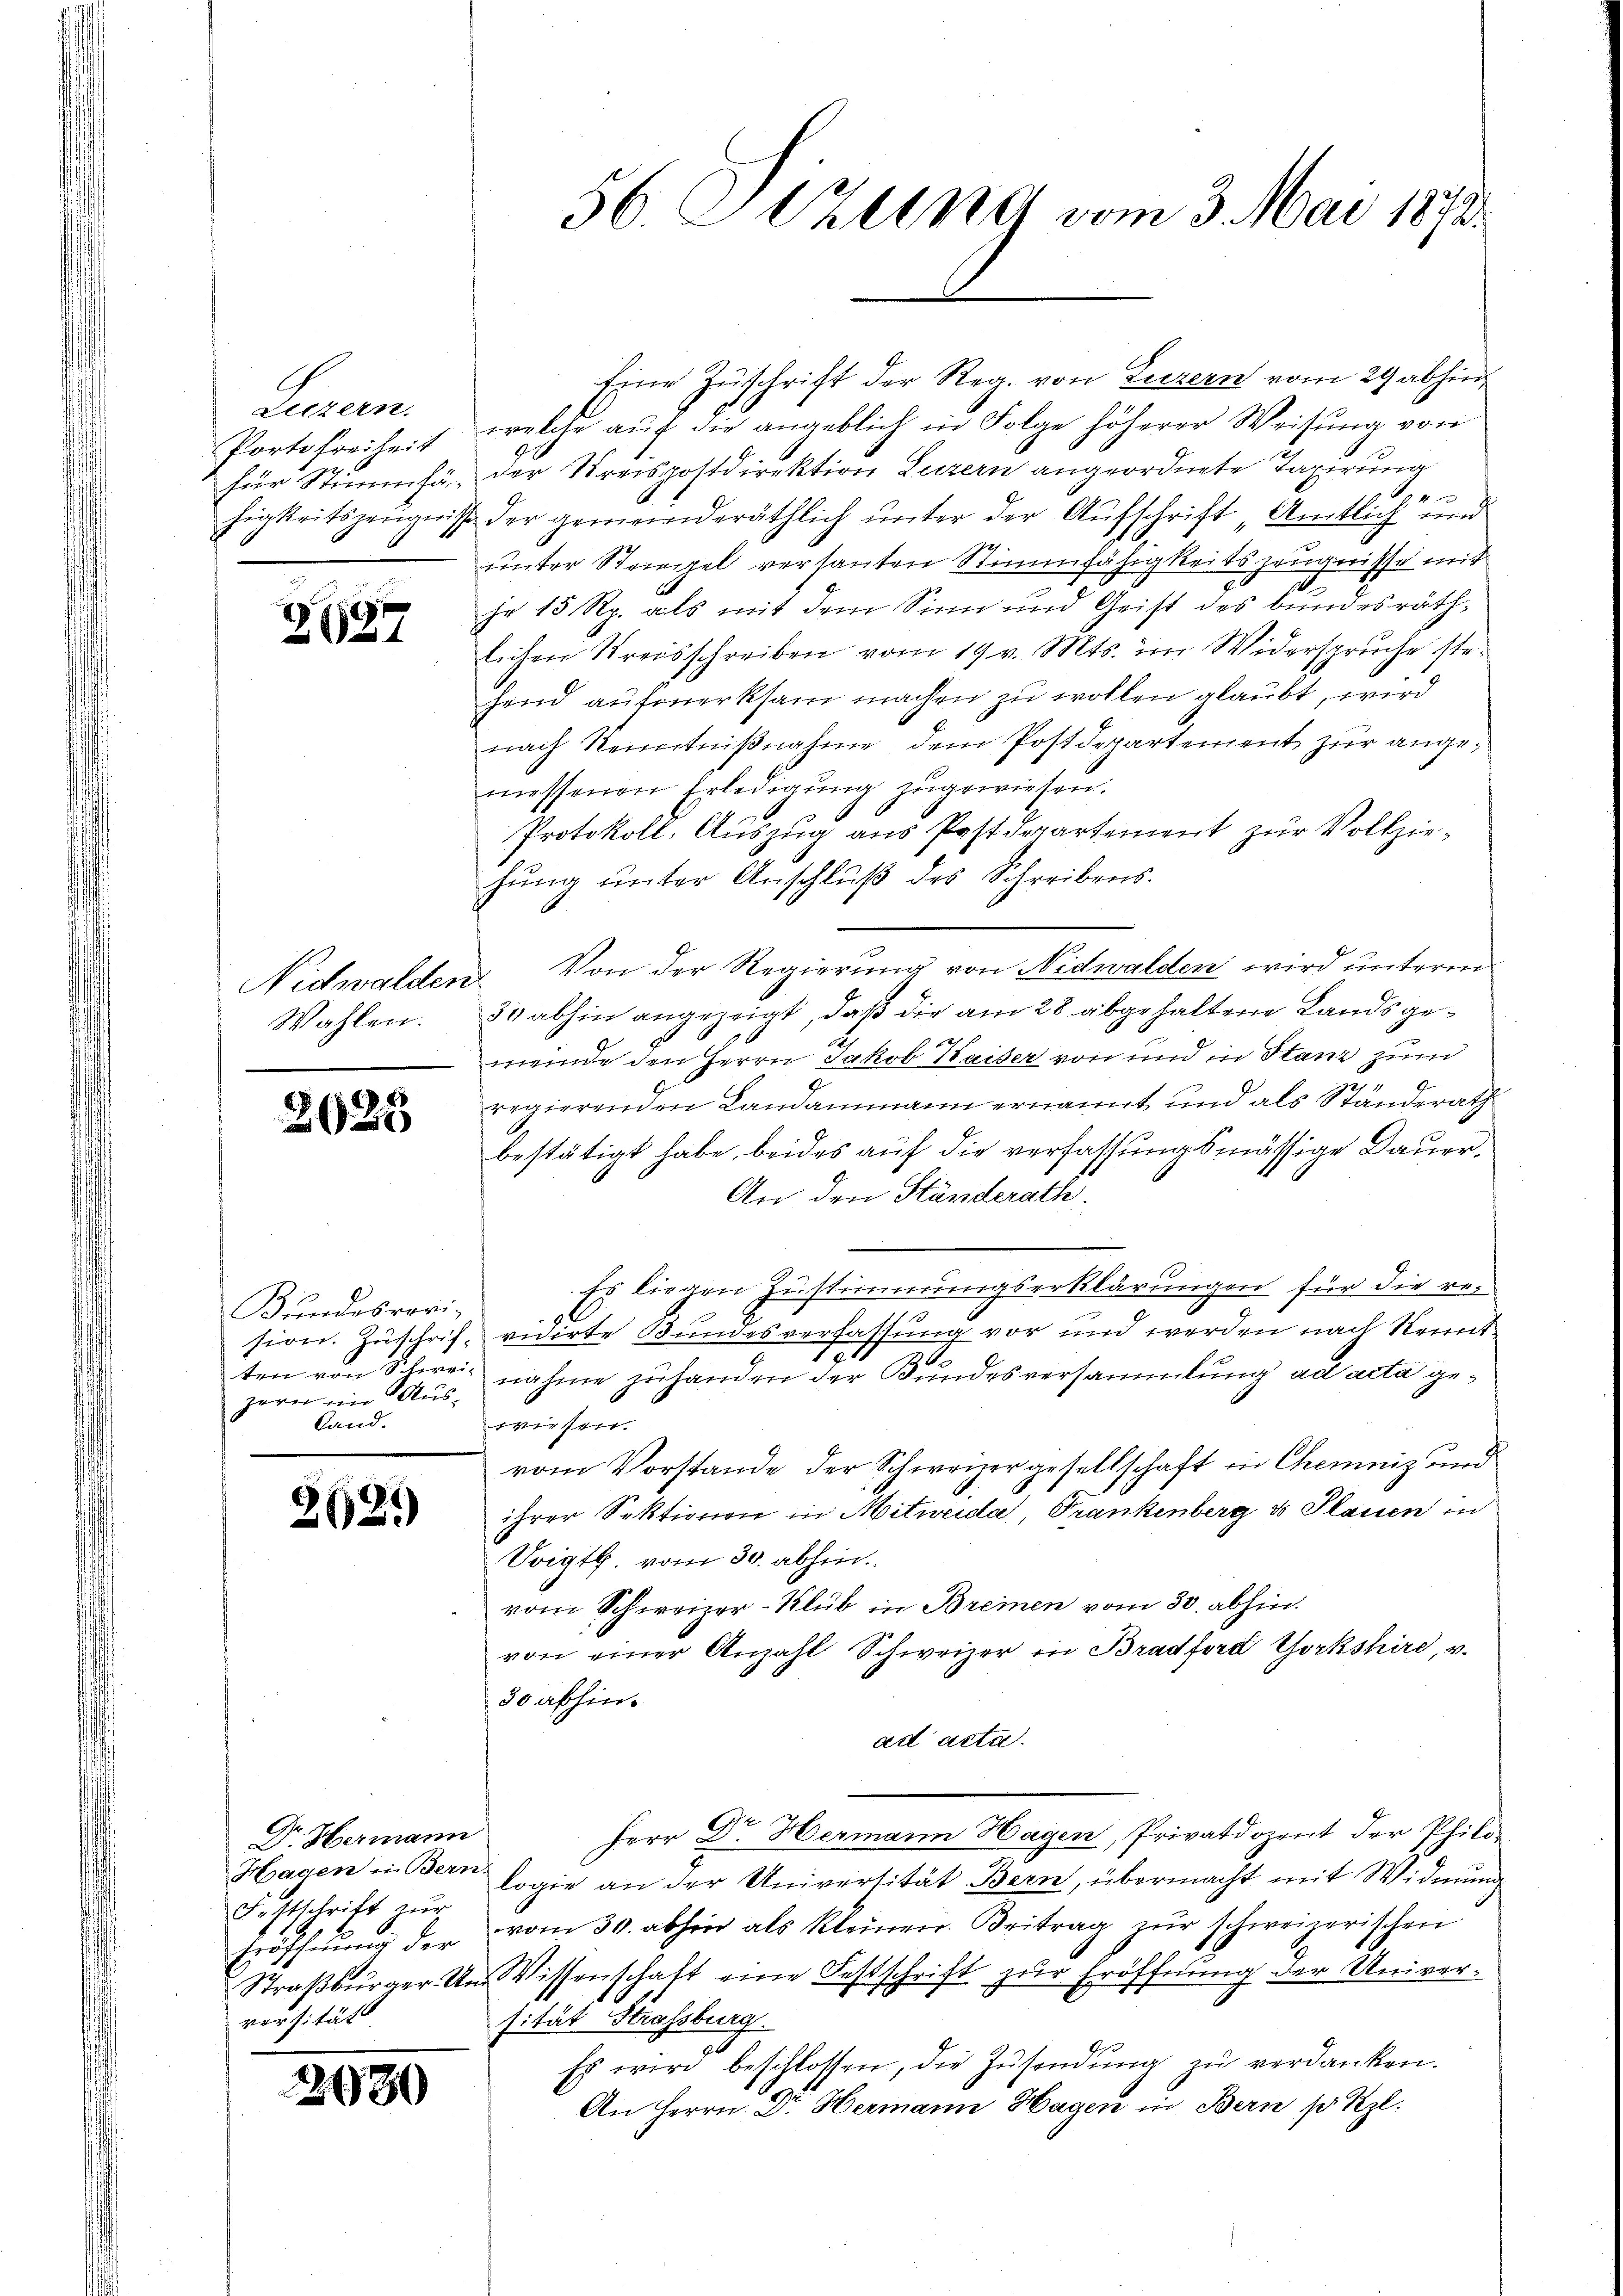
Liezern,
Portofreiheit

2697

Wahlen.

2623

Bundesrari-
zern ein Aus-
Land.

2021)

Dr. Hermann
Festschrift zur
versität

2680

Eine Zuschrift der Reg. von Luzern vom 29 abhinwelche auf die angeblich in Folge höherer Weisung von
für Stimmfä der Kreispostdirektion Luzern angeordnete Taxirung

higkeitszeugnisse der gemeinderäthlich unter der Aufschrift „Amtlich und
unter Striegel versanten Stimmfähigkeitszeugnisse mit
hr 15 Rp. als mit dem Sinn und Geist des bundesräthlichen Kreisschreiben vom 19 v. Mts. im Widerspruche stehend aufmerksam machen zu wollen glaubt, wird
E.
nach Kenntniβnahme dem Postdepartement zur angemessenen Erledigŭng zugewiesen.
Protokoll. Auszug aus Postdepartement zur Vollziehŭng ŭnter Anschlŭβ des Schreibens.
Vidwalden Von der Regierung von Nidwalden wird unterm
30 abhin angezeigt, daß die am 28 abgehaltene Landsgemeinde den Herrn Jakob Kaiser von und in Stanz zun
regierenden Landammann ernannt und als Ständerath
bestätigt habe, beides auf die verfassungsmässige Dauer¬
An den Ständerath.
Es liegen Zustimmungserklärungen für die resion. Zuschrif vidirte Bundesverfassung vor und werden nach Kennt¬
.
ten von Schweiz nahme zuhanden der Bundesversammlung ad acta gewiesen.
vom Vorstande der Schweizergesellschaft in Chemniz und
ihrer Sektionen in Mitweida, Trankenberg & Plauen in
Voigt. vom 30. abhin
vom Schweizer-Klub in Breinen vom 30. abhin.
von einer Anzahl Schweizer in Bradford Yorkshire, v.
30 abhin
ad acta.
Herr Dr. Hermann Hagen, Privatdozent der Philo¬
Hagen in Bern logie an der Universität Bern, übermacht mit Widmung
Eröffnŭng der vom 30. abhin als kleinen. Beitrag zŭr schweizerischen
Straßbürger. Um Wissenschaft eine Festschrift zur Eröffnung der Universität Strassburg.
g
Es wird beschlossen, die Zusendung zu verdanken.
An Herrn. Dr. Hermann Hagen in Bern p Kzl.

56. Sitzung vom 3. Mai 1872.